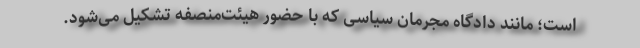
است؛ مانند دادگاه مجرمان سیاسی که با حضور هیئت‌منصفه تشکیل می‌شود.